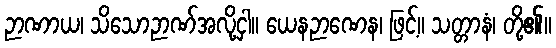
ဉာဏာယ၊ သိသောဉာဏ်အလို့ငှါ။ ယေနဉာဏေန၊ ဖြင့်။ သတ္တာနံ၊ တို့၏။